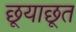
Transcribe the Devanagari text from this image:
छूयाछूत